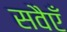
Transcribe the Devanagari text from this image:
सवैएँ